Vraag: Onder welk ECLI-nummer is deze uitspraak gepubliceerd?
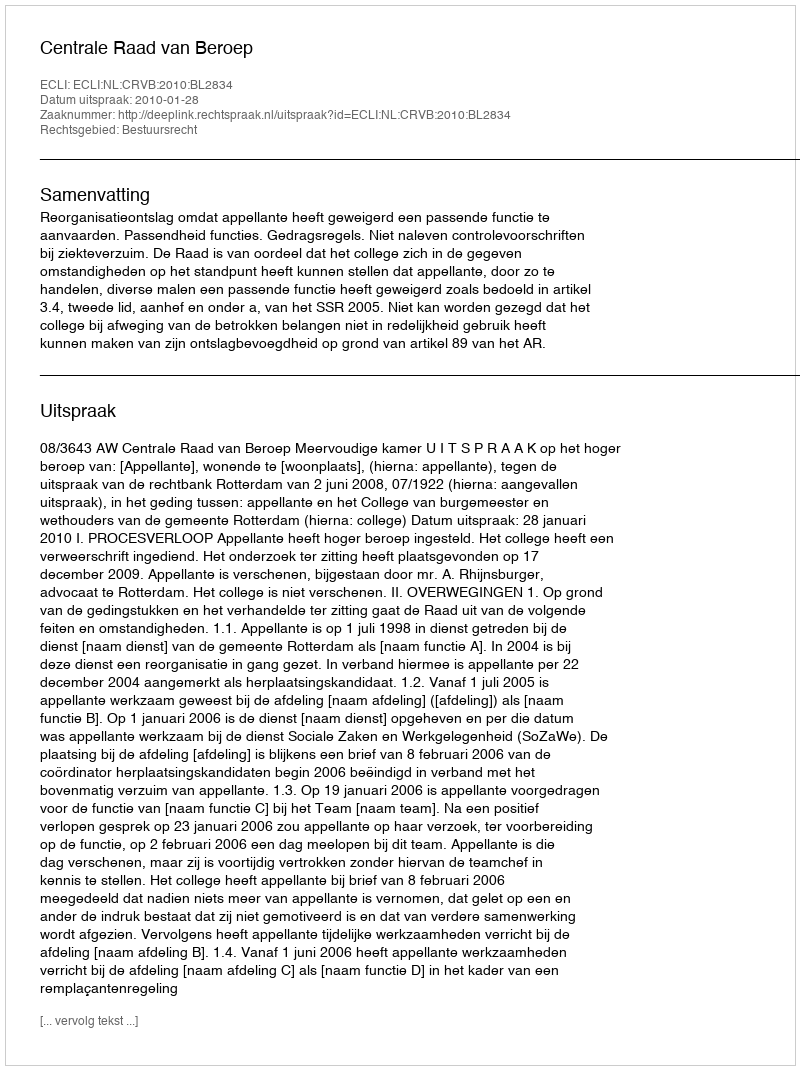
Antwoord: ECLI:NL:CRVB:2010:BL2834